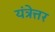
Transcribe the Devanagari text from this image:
यंत्रेत्तर